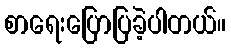
စာရေးပြောပြခဲ့ပါတယ်။